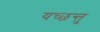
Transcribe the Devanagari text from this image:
यच्छन्तु